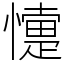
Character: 懥